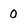
Character: 0